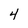
Character: 4